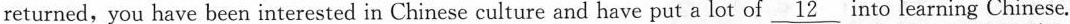
returned, you have been interested in Chinese culture and have put a lot of \underline{12} into learning Chinese.